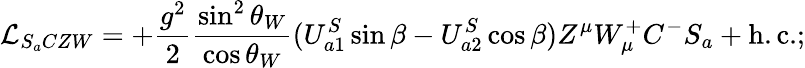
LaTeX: {\cal L}_{S_{a}CZW}=+\frac{g^{2}}{2}\frac{\sin^{2}\theta_{W}}{\cos\theta_{W}}(U_{a1}^{S}\sin\beta-U_{a2}^{S}\cos\beta)Z^{\mu}W_{\mu}^{+}C^{-}S_{a}+\mathrm{h.c.};